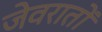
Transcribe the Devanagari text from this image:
जेवरातों